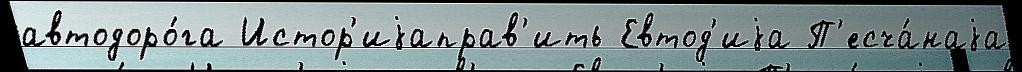
автодоро́га Истор'иjаправ'ить Евтод'иjа П'есча́наjа